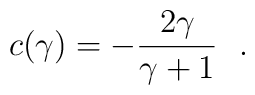
c(\gamma )=-{2\gamma\over \gamma+1}~~.